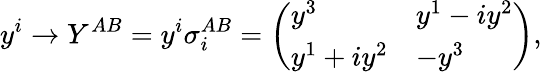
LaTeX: y^{i}\rightarrow Y^{AB}=y^{i}\sigma_{i}^{AB}=\left(\begin{array}{ll}{{y^{3}}}&{{y^{1}-iy^{2}}}\\ {{y^{1}+iy^{2}}}&{{-y^{3}}}\end{array}\right),